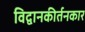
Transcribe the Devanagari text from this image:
विद्वानकीर्तनकार